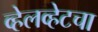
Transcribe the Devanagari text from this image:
व्हेलव्हेटचा